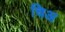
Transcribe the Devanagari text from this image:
चिअ